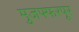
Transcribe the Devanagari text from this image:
मुजफ्फरपूर